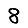
Digit: 8